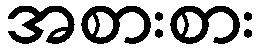
အစားစား